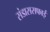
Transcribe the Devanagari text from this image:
संडाससफाई